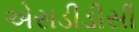
એસડીડીસી